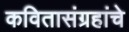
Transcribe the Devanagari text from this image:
कवितासंग्रहांचे